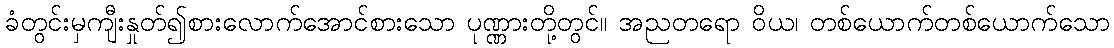
ခံတွင်းမှကျီးနှုတ်၍စားလောက်အောင်စားသော ပုဏ္ဏားတို့တွင်။ အညတရော ဝိယ၊ တစ်ယောက်တစ်ယောက်သော